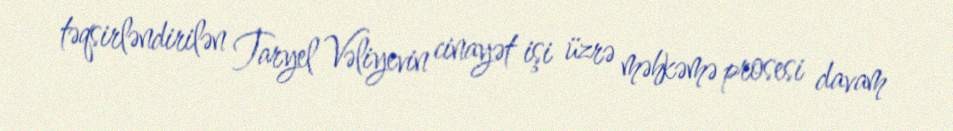
təqsirləndirilən Taryel Vəliyevin cinayət işi üzrə məhkəmə prosesi davam